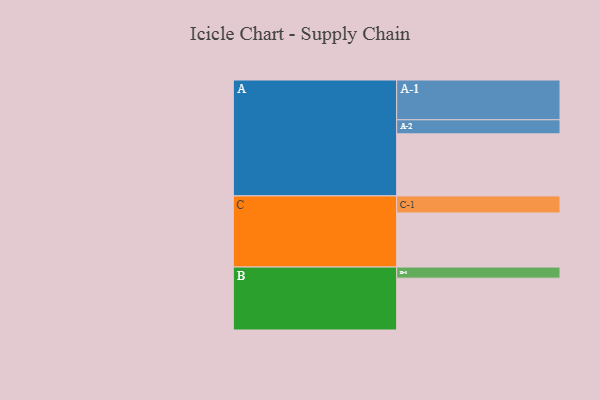
{"axis": {"x": "Segment", "y": "Value"}, "legend": ["", "A", "B", "C"], "data": [{"x": "A", "y": 437, "type": ""}, {"x": "B", "y": 365, "type": ""}, {"x": "C", "y": 381, "type": ""}, {"x": "A-1", "y": 280, "type": "A"}, {"x": "A-2", "y": 99, "type": "A"}, {"x": "B-1", "y": 78, "type": "B"}, {"x": "C-1", "y": 120, "type": "C"}]}